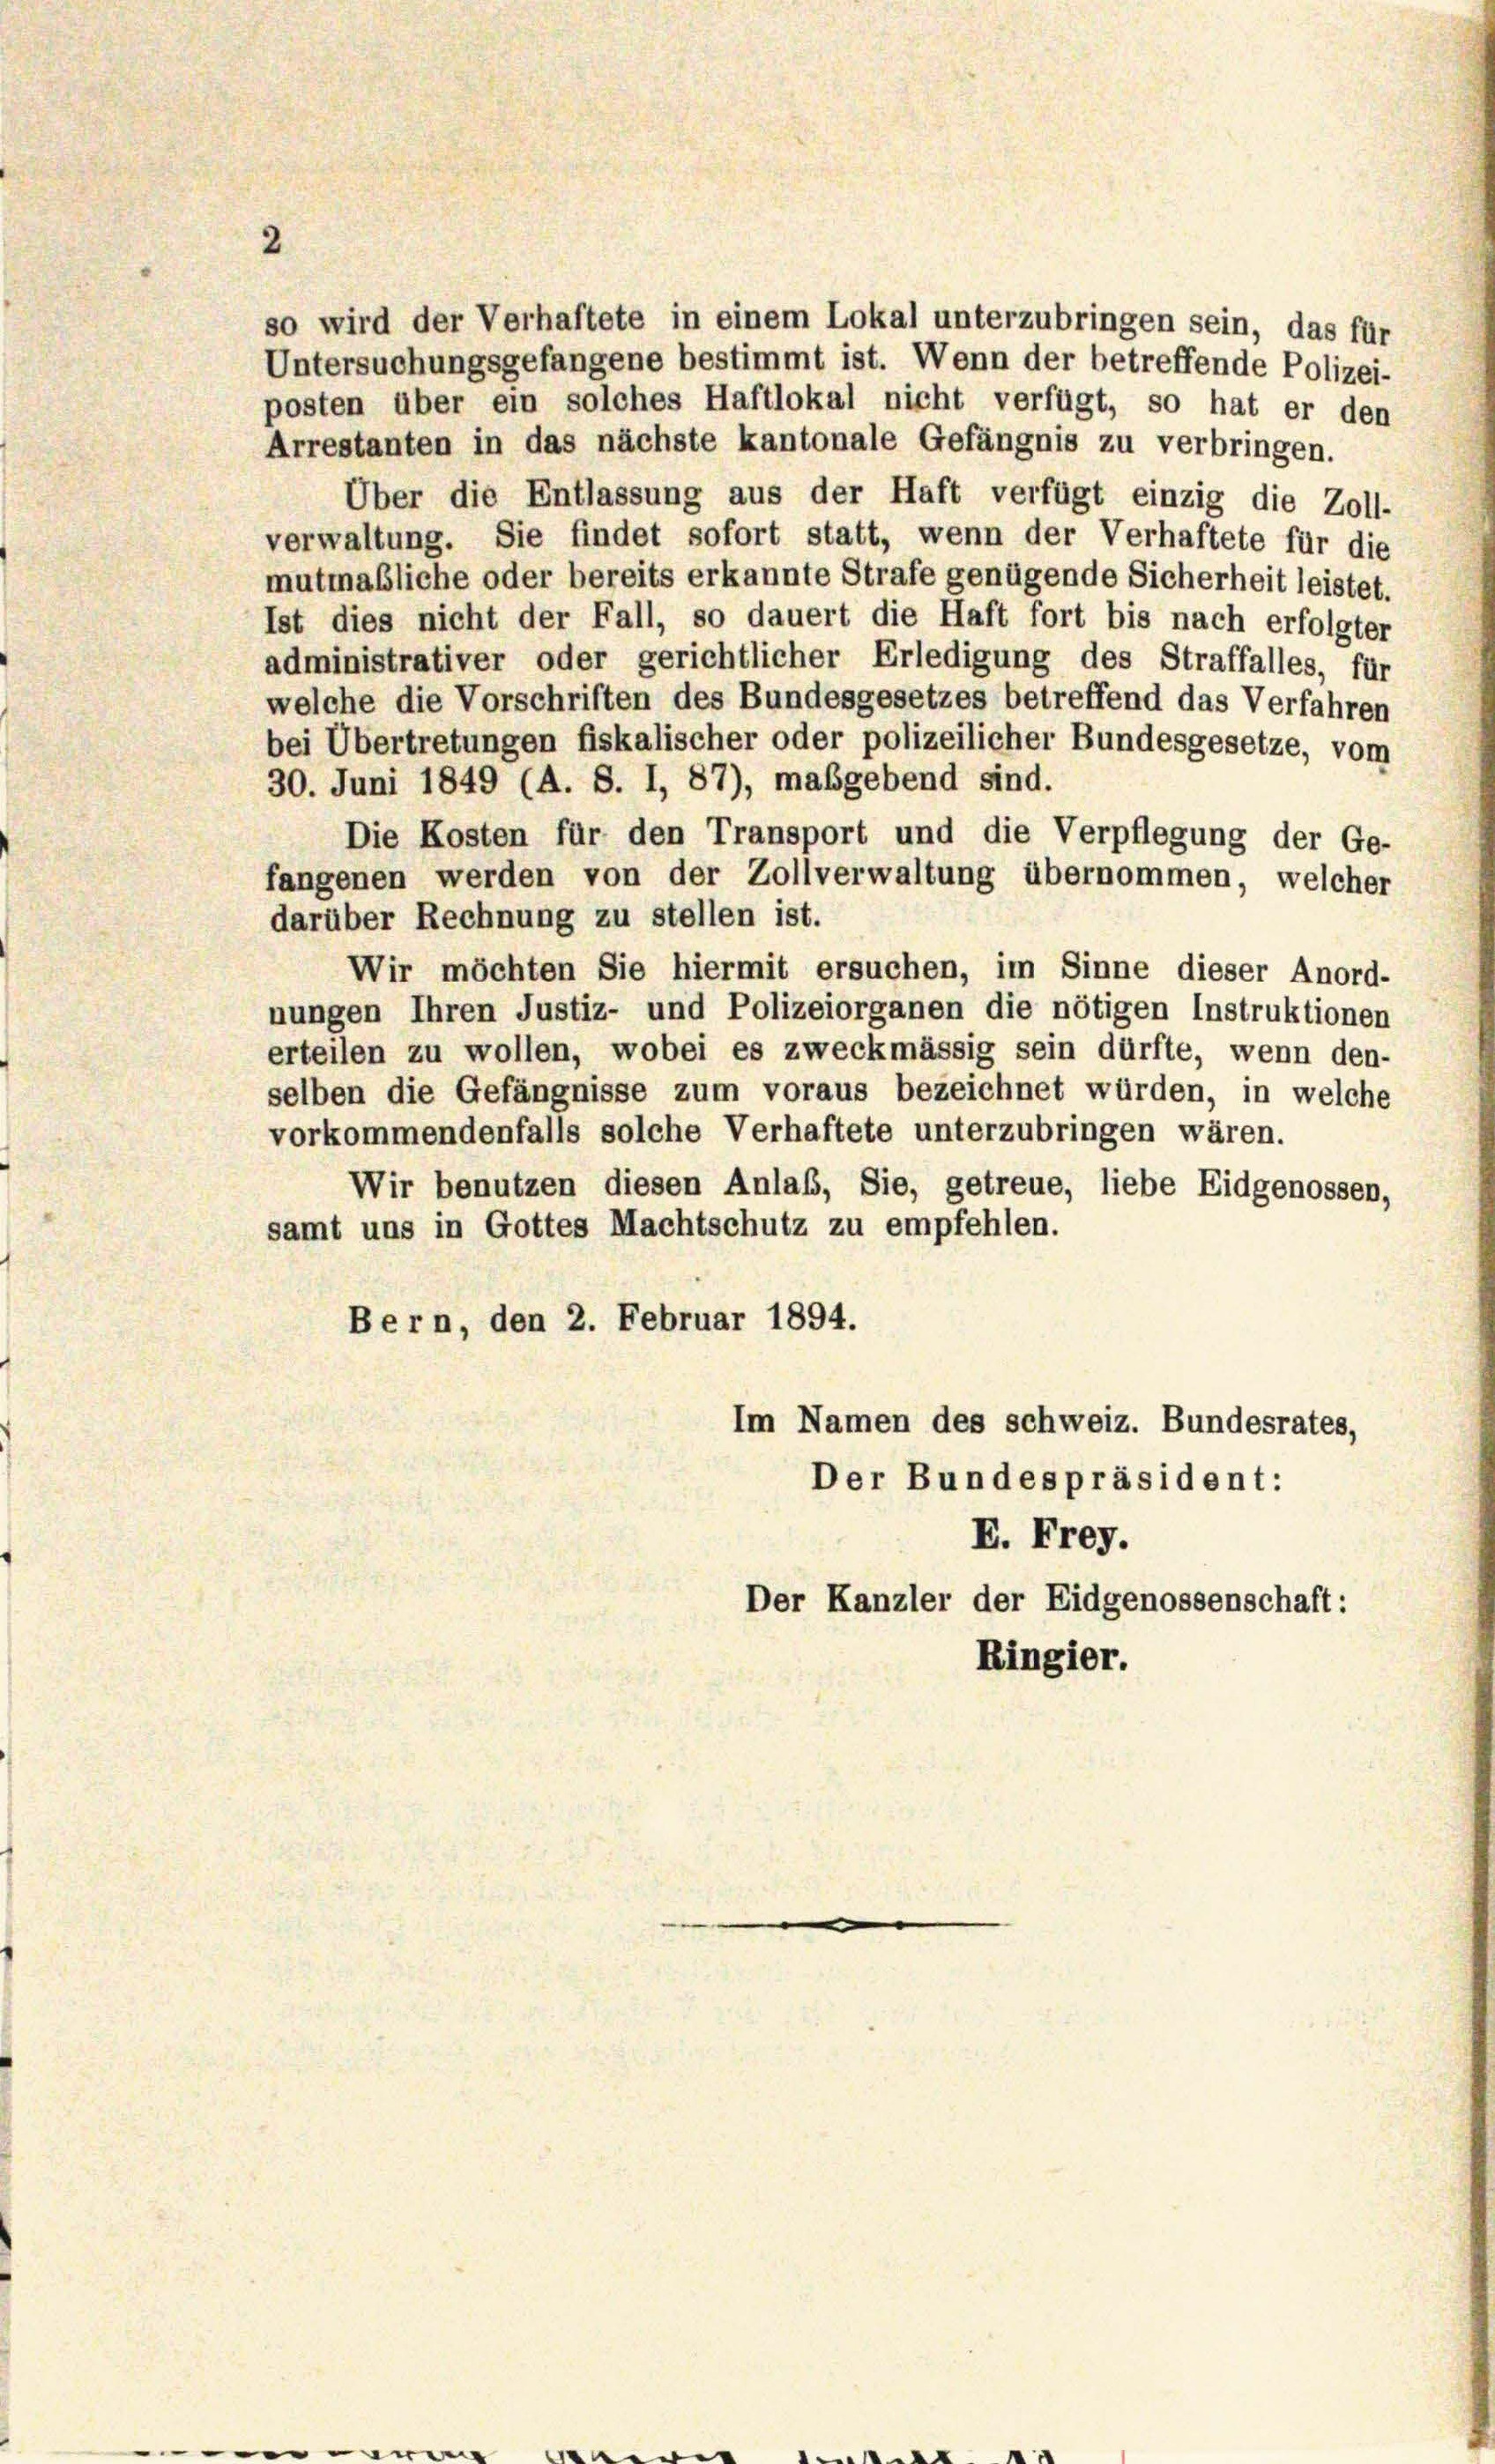
2

so wird der Verhaftete in einem Lokal unterzubringen sein, das für
Untersuchungsgefangene bestimmt ist. Wenn der betreffende Polizei-
posten über ein solches Haftlokal nicht verfügt, so hat er den
Arrestanten in das nächste kantonale Gefängnis zu verbringen.
Über die Entlassung aus der Haft verfügt einzig die Zoll-
verwaltung. Sie findet sofort statt, wenn der Verhaftete für die
mutmaßliche oder bereits erkannte Strafe genügende Sicherheit leistet.
Ist dies nicht der Fall, so dauert die Haft fort bis nach erfolgter
administrativer oder gerichtlicher Erledigung des Straffalles, für
welche die Vorschriften des Bundesgesetzes betreffend das Verfahren
bei Übertretungen fiskalischer oder polizeilicher Bundesgesetze, vom
30. Juni 1849 (A. S. I, 87), maßgebend sind.
Die Kosten für den Transport und die Verpflegung der Ge-
fangenen werden von der Zollverwaltung übernommen, welcher
darüber Rechnung zu stellen ist.
Wir möchten Sie hiermit ersuchen, im Sinne dieser Anord-
nungen Ihren Justiz- und Polizeiorganen die nötigen Instruktionen
erteilen zu wollen, wobei es zweckmässig sein dürfte, wenn den-
selben die Gefängnisse zum voraus bezeichnet würden, in welche
vorkommendenfalls solche Verhaftete unterzubringen wären.
Wir benutzen diesen Anlaß, Sie, getreue, liebe Eidgenossen,
samt uns in Gottes Machtschutz zu empfehlen.
Bern, den 2. Februar 1894.
Im Namen des schweiz. Bundesrates,
Der Bundespräsident:
E. Frey.
Der Kanzler der Eidgenossenschaft:
Ringier.